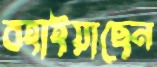
বহাইয়াছেন